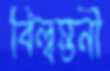
বিল্বস্তনী